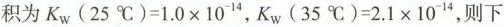
积为$$K _ { w } ( 2 5 ^ { \circ } C ) = 1 . 0 \times 1 0 ^ { - 1 4 }$$，$$K _ { w } ( 3 5 ^ { \circ } C ) = 2 . 1 \times 1 0 ^ { - 1 4 }$$，则下